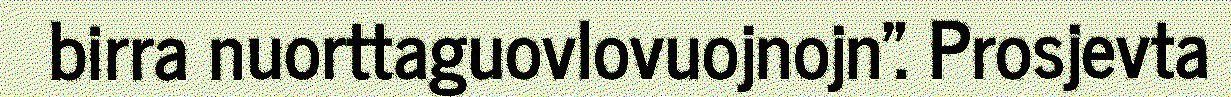
birra nuorttaguovlovuojnojn". Prosjevta